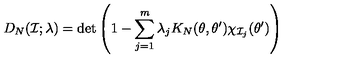
D _ { N } ( { \cal I } ; \lambda ) = \det \left( 1 - \sum _ { j = 1 } ^ { m } \lambda _ { j } K _ { N } ( \theta , \theta ^ { \prime } ) \chi _ { { \cal I } _ { j } } ( \theta ^ { \prime } ) \right)